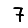
Digit: 7